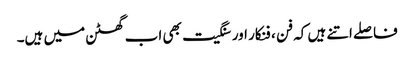
فاصلے اتنے ہیں کہ فن ، فنکار اور سنگیت بھی اب گھٹن میں ہیں۔